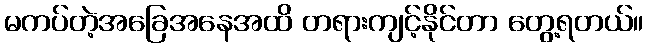
မကပ်တဲ့အခြေအနေအထိ တရားကျင့်နိုင်တာ တွေ့ရတယ်။